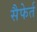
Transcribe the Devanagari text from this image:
सैफेर्त